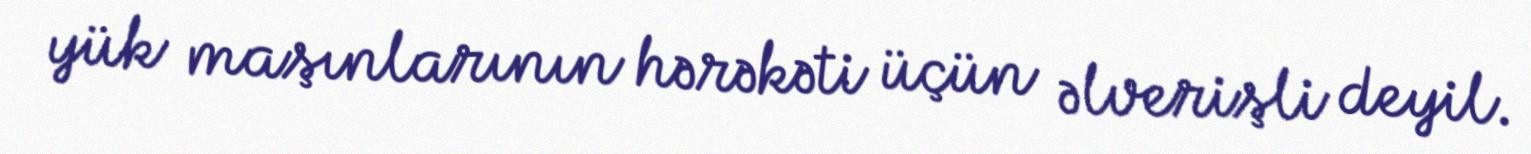
yük maşınlarının hərəkəti üçün əlverişli deyil.